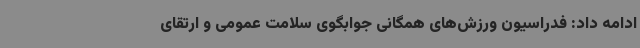
ادامه داد: فدراسیون ورزش‌های همگانی جوابگوی سلامت عمومی و ارتقای